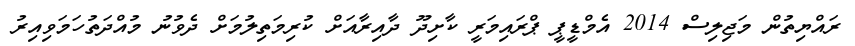
ރައްޔިތުން މަޖިލިސް 2014 އެމްޑީޕީ ޕްރައިމަރީ ކާށިދޫ ދާއިރާއަށް ކުރިމަތިލުމަށް ދެވުނު މުއްދަތުހަމަވިއިރު